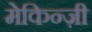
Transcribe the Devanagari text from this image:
मेकिन्ज़ी